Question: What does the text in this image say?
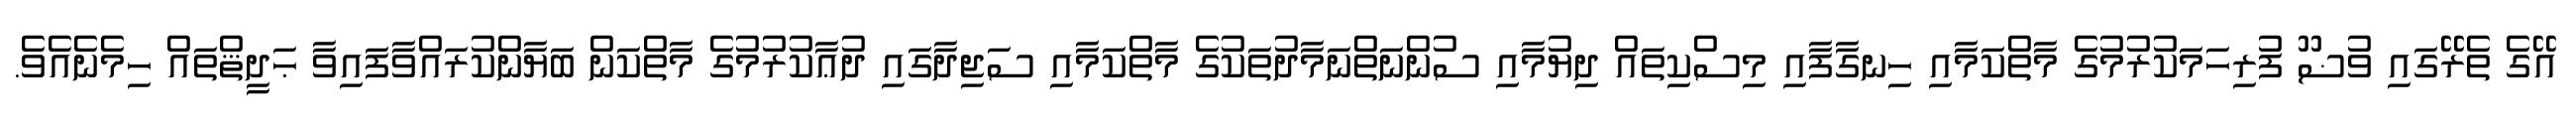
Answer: އޭގެ ތެރޭގައި ވުޟޫ ފުރިހަމަކުރުމުގެ މާތްކަމާއި ހިނގާފާއި މިސްކިތައް ދިޔުމާއި ސުންނަތްނަމާދުތަކުގެ މާތްކަމާއި ސަޖިދާގައި ދުޢާކުރުމުގެ މާތްކަން ބަޔާންކުރައްވާފައިވާ ޙަދީޘްތައް ހިމެނެއެވެ.